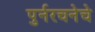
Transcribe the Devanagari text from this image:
पुर्नरचनेचे